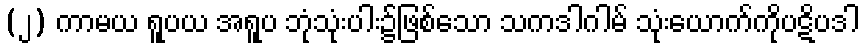
(၂) ကာမယ ရူပယ အရူပ ဘုံသုံးပါး၌ဖြစ်သော သကဒါဂါမ် သုံးယောက်ကိုပဋိပဒါ